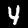
Label: 4